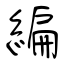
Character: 編